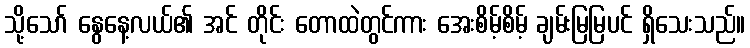
သို့သော် နွေနေ့လယ်၏ အင် တိုင်း တောထဲတွင်ကား အေးစိမ့်စိမ့် ချမ်းမြမြပင် ရှိသေးသည်။